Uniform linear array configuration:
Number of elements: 24
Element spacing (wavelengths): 0.5
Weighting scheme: kaiser
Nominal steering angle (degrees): -60
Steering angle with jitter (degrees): -61.228
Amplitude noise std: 0.05
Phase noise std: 0.05

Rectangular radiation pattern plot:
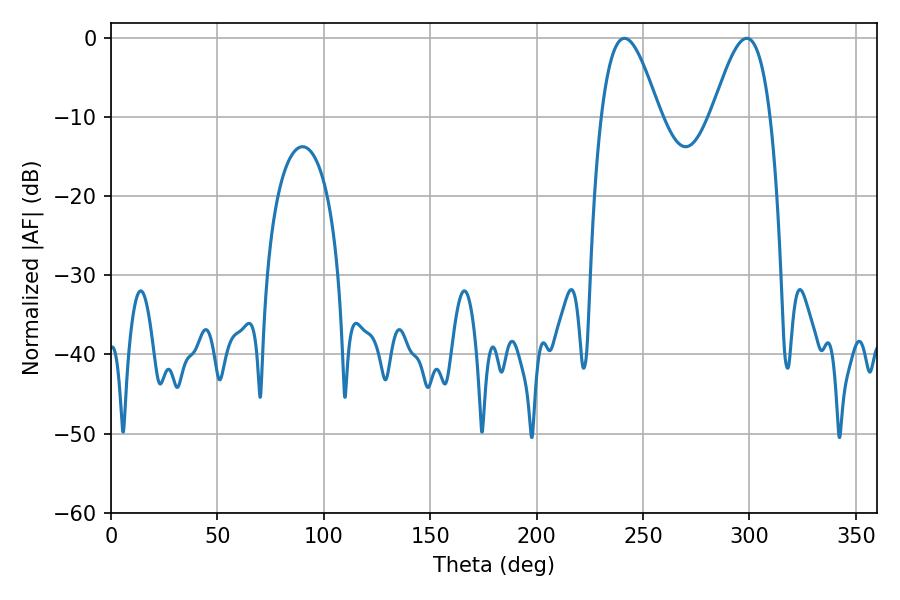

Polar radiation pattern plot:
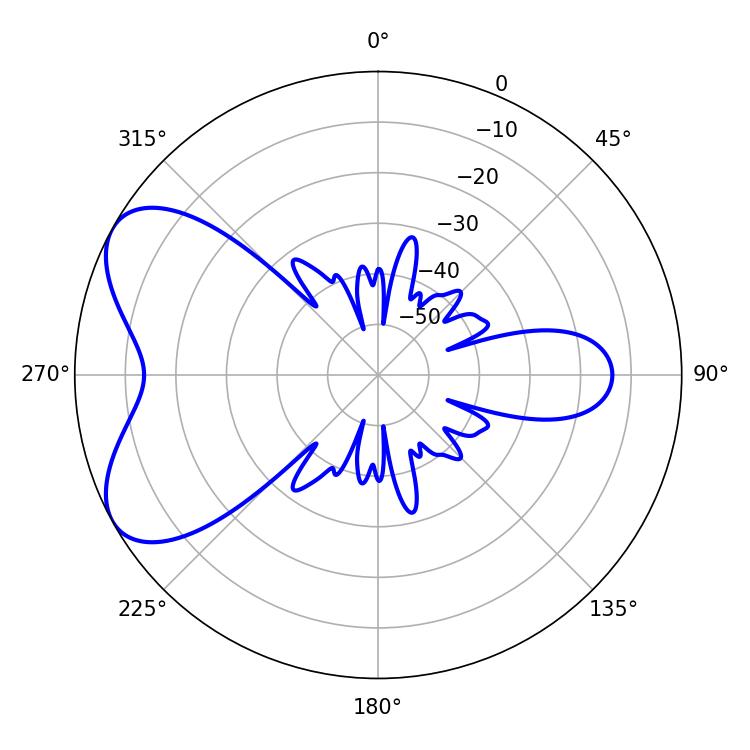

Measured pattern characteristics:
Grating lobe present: FALSE
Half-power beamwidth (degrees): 14.94
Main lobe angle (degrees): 241.2